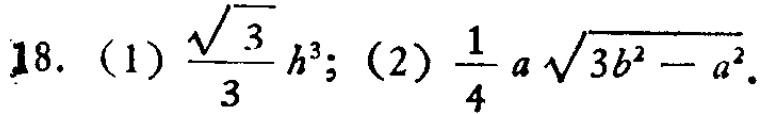
18. (1) $\frac{\sqrt{3}}{3}h^{3}$; (2) $\frac{1}{4}a\sqrt{3b^{2}-a^{2}}$.